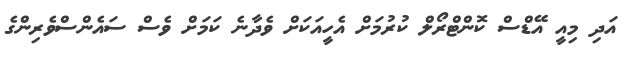
އަދި މިއީ އޭޑްސް ކޮންޓްރޯލް ކުރުމަށް އެހީއަކަށް ވެދާނެ ކަމަށް ވެސް ސައެންސްވެރިންގެ